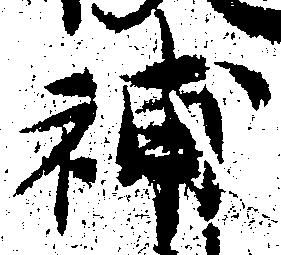
補